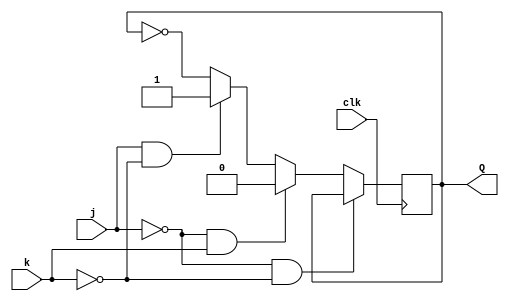
module top_module (
    input clk,
    input j,
    input k,
    output Q
    );

    reg Q_r;

    always@(posedge clk)begin
	if(~j & ~k)
	    Q_r <= Q_r;
        else if(~j & k)
	    Q_r <= 1'b0;
        else if(j & ~k)
	    Q_r <= 1'b1;
        else 
	    Q_r <= ~Q_r;
    end

    assign Q = Q_r;

endmodule